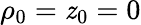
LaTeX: \rho_{0}=\mathit{z}_{0}=0